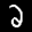
Label: 2